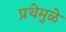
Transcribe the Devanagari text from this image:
प्रथेमुळे